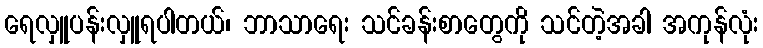
ရေလှူပန်းလှူရပါတယ်၊ ဘာသာရေး သင်ခန်းစာတွေကို သင်တဲ့အခါ အကုန်လုံး